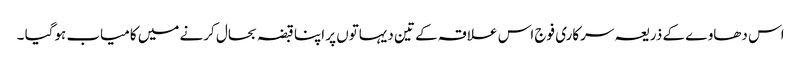
اس دھاوے کے ذریعہ سرکاری فوج اس علاقہ کے تین دیہاتوں پر اپنا قبضہ بحال کرنے میں کامیاب ہوگیا ۔